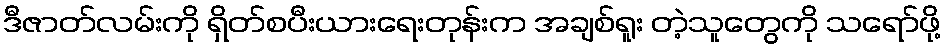
ဒီဇာတ်လမ်းကို ရှိတ်စပီးယားရေးတုန်းက အချစ်ရူး တဲ့သူတွေကို သရော်ဖို့